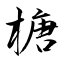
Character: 榶